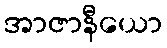
အာဇာနီယော